Kihnu_vallakohus, lk 3
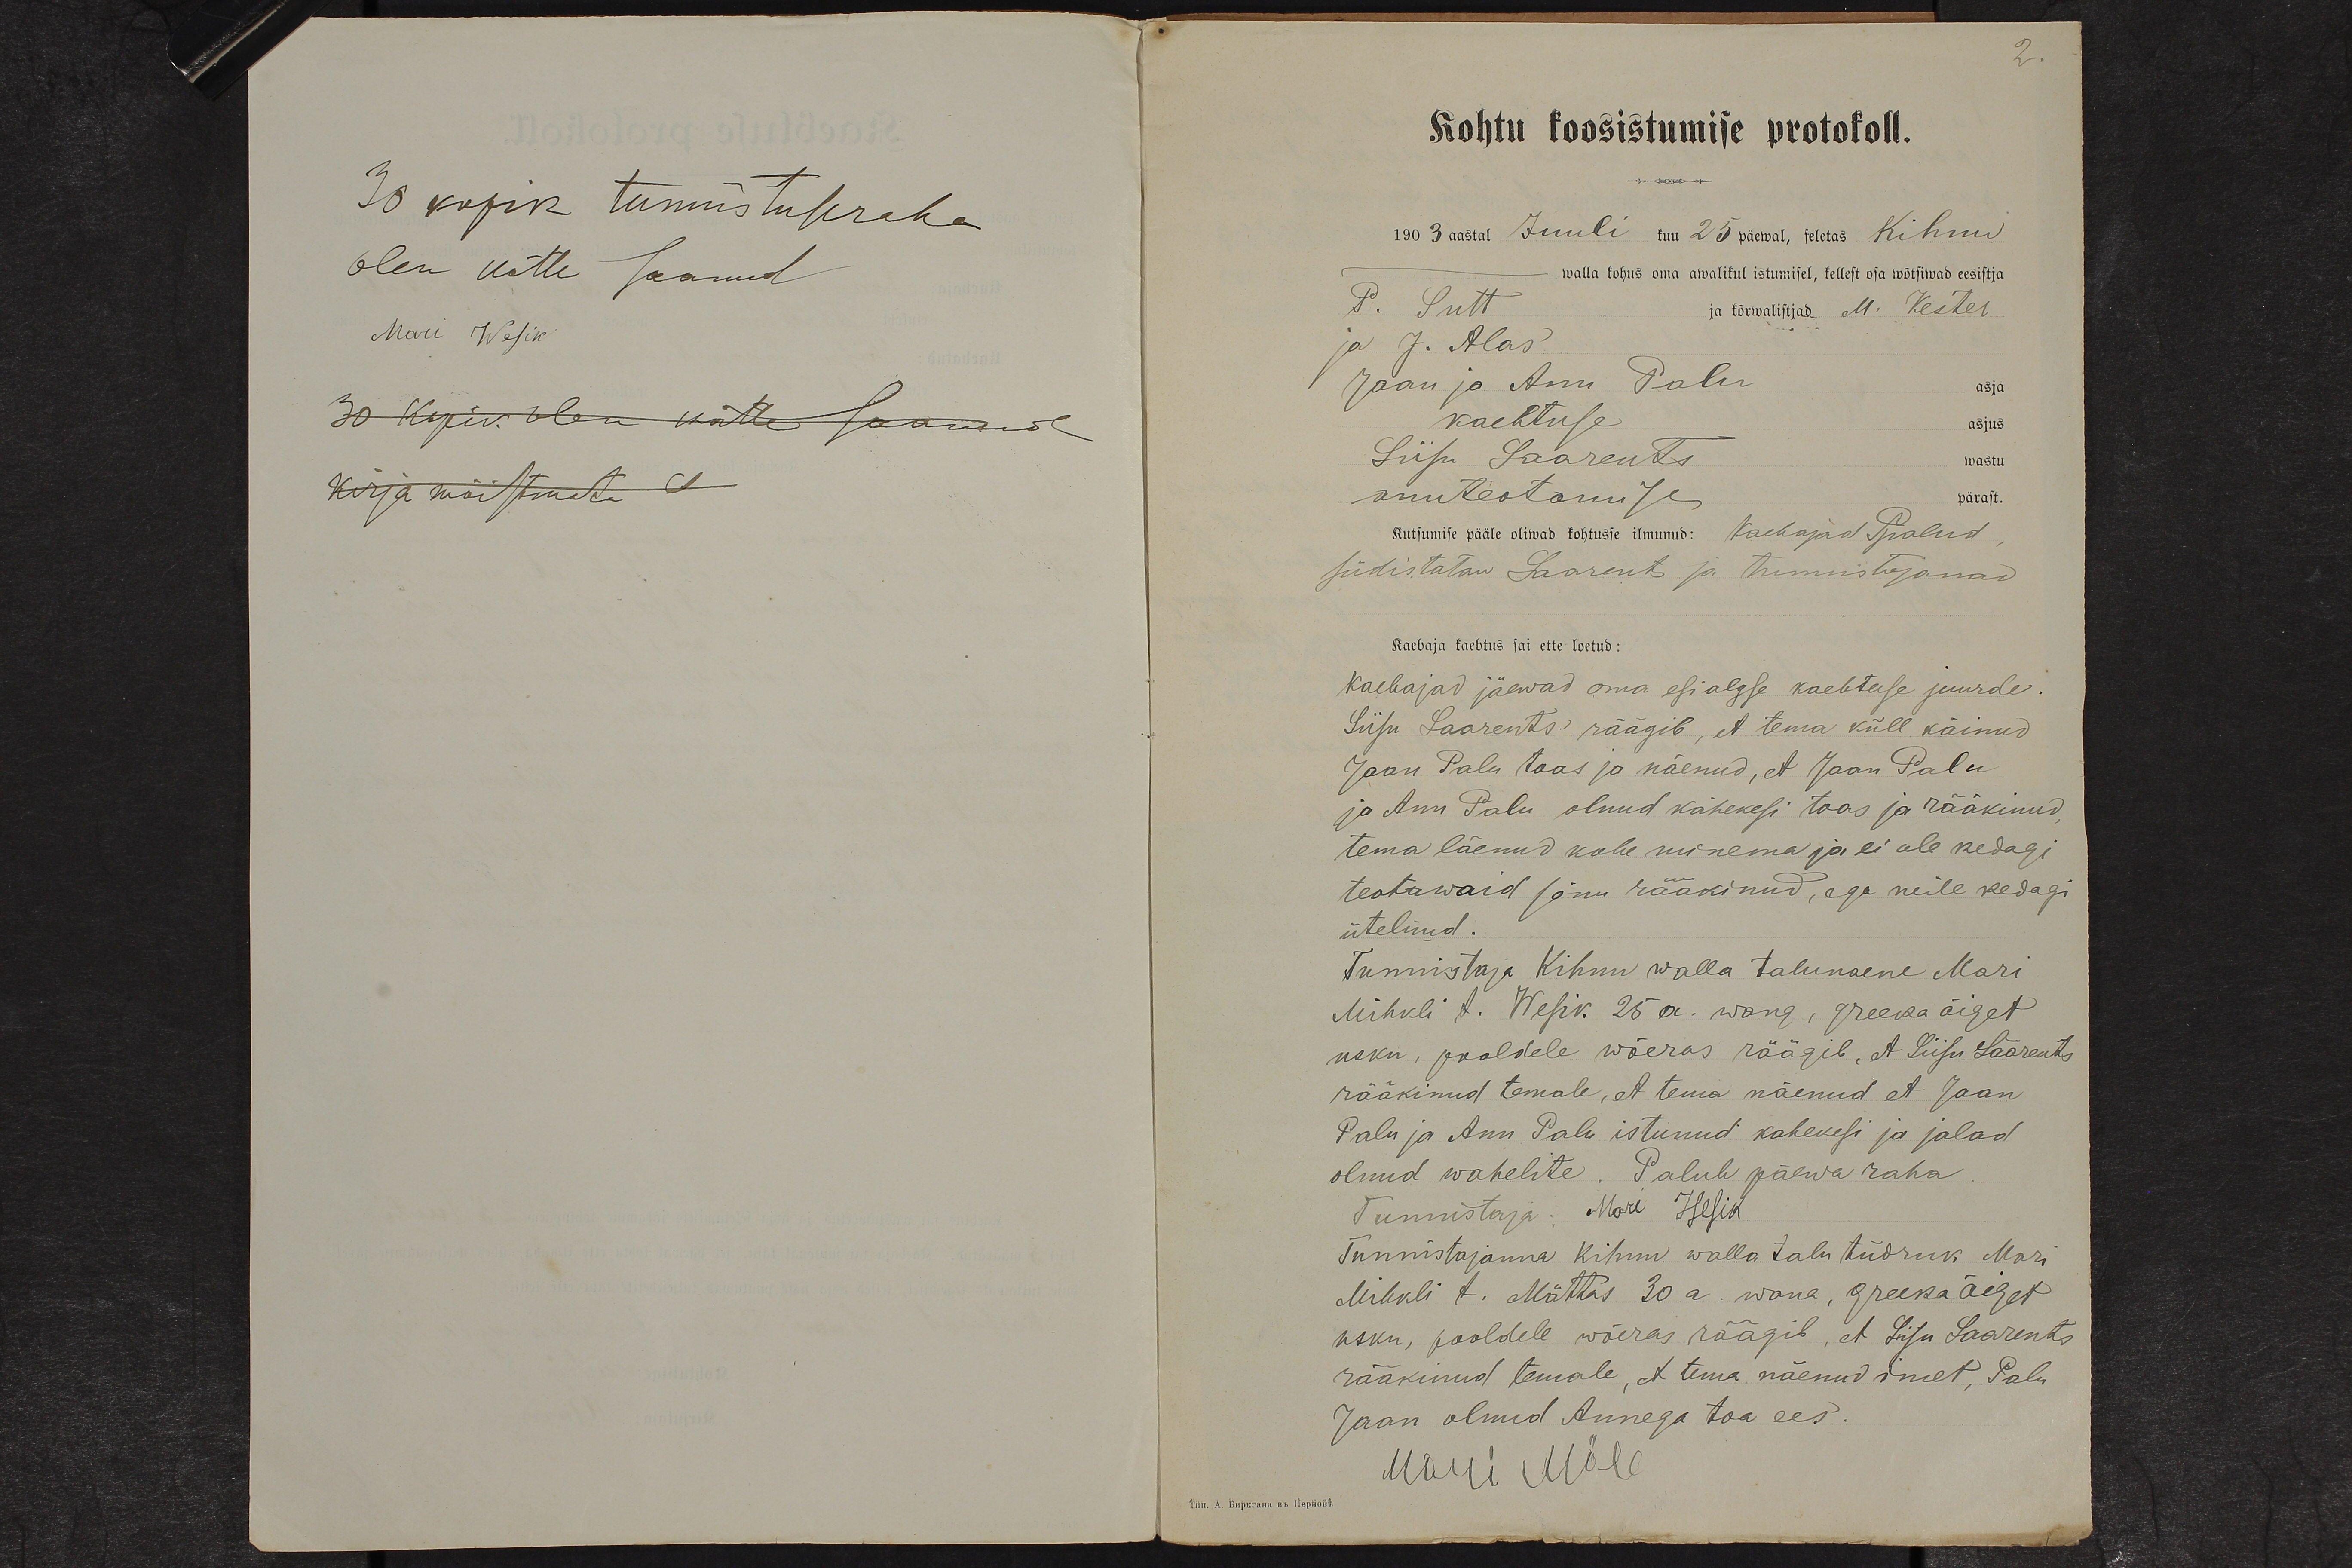
2.
Kohtu koosistumise protokoll.
1903 aastal Juuli kuu 25 päewal, seletas Kihnu
walla kohus oma awalikul istumisel, kellest osa wõtsiwad eesistja
P. Sutt
ja kõrwalistjad. M. Kester
ja J. Alas
Jaan ja Ann Palu asja
kaebtuse asjus
Liisu Saarents wastu
auuteotamise pärast.
Kutsumise pääle oliwad kohtusse ilmunud: Kaebajad Palud
südistataw Saarents ja tunnistajanad
Kaebaja kaebtus sai ette loetud:
Kaebajad jäewad oma esialgse kaebtuse juurde.
Liisu Saarents räägib, et tema küll käinud
Jaan Palu toas ja näenud, et Jaan Palu
ja Anu Palu olnud kahekesi toas ja rääkinud,
tema läenud kohe minema ja ei ole kedagi
teotawaid sõnu rääkinud, ega neile kedagi
ütelnud.
Tunnistaja Kihnu walla talunaene Mari
Mihkli t. Wesik 25 a. wana, greeka õiget
usku, pooldele wõeras räägib, et Liisu Saarents
rääkinud temale, et tema näenud et Jaan
Palu ja Ann Palu istunud kahekesi ja jalad
olnud wahelite. Palub päewa raha
Tunnistaja: Mari Wesik
Tunnistajanna Kihnu walla talu tüdruk Mari
Mihkli t. Mättas 30 a. wana, greeka õiget
usku, pooldele wõeras räägib, et Liisu Saarents
rääkinud temale, et tema näenud omet, Palu
Jaan olnud Annega toa ees.
Mari Möll

30 kopik tunnistuseraha
Olen kätte saanud
Mari Wesik
30 kopik olen kätte saanud
kirja mõistmata